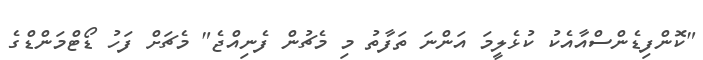
"ކޮންފިޑެންސްއާއެކު ކުޅެލީމަ އަންނަ ތަފާތު މި މެޗުން ފެނިއްޖެ" މެޗަށް ފަހު ޑޯޓްމަންޑްގެ